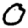
Digit: 0